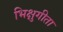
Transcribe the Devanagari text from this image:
भिक्षुगीता